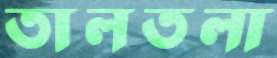
তালতলা